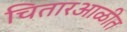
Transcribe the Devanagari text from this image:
चितारआळीत